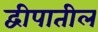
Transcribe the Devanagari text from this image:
द्वीपातील